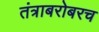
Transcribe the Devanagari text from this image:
तंत्राबरोबरच